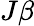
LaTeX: J\beta